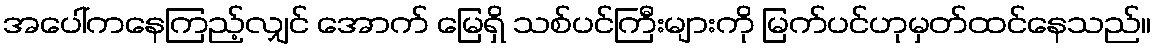
အပေါ်ကနေကြည့်လျှင် အောက် မြေရှိ သစ်ပင်ကြီးများကို မြက်ပင်ဟုမှတ်ထင်နေသည်။